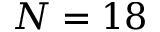
N = 1 8